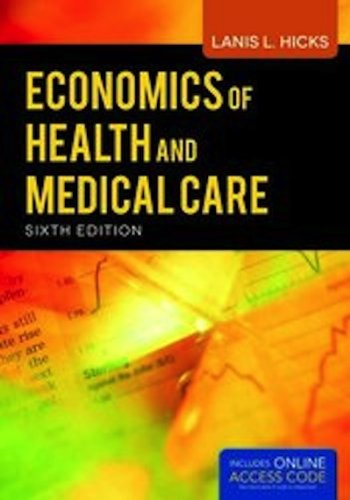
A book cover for Economics Of Health And Medical Care; Lanis Hicks; Medical Books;